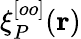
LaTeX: \xi_{P}^{[oo]}(\mathbf{r})